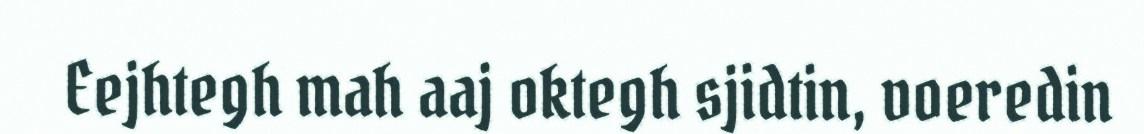
Eejhtegh mah aaj oktegh sjidtin, voeredin